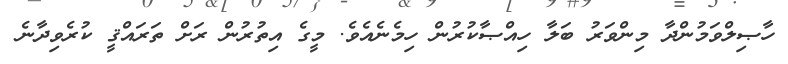
ހާޞިލްވަމުންދާ މިންވަރު ބަލާ ހިއްޞާކުރުން ހިމެނެއެވެ. މީގެ އިތުރުން ރަށް ތަރައްޤީ ކުރެވިދާނެ